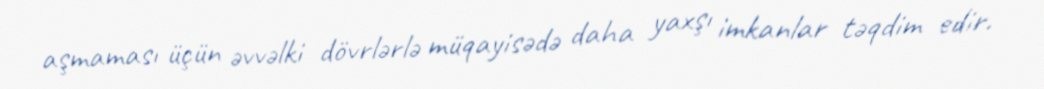
aşmaması üçün əvvəlki dövrlərlə müqayisədə daha yaxşı imkanlar təqdim edir.